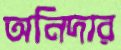
অনিদার